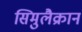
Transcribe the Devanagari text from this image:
सिमुलैक्रान